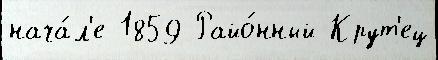
нача́л'е 1859 Райо́нный Крут'ец